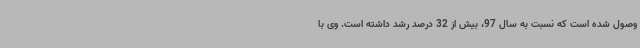
وصول شده است که نسبت به سال 97، بیش از 32 درصد رشد داشته است. وی با